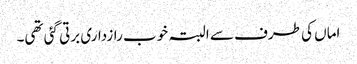
اماں کی طرف سے البتہ خوب رازداری برتی گئی تھی۔